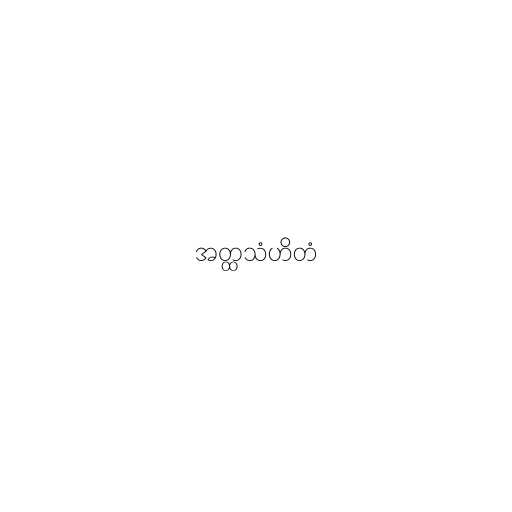
အတ္ထသံဟိတံ